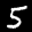
Label: 5